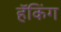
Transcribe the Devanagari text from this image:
हॅकिंग